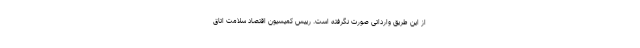
از این طریق وارداتی صورت نگرفته است. رییس کمیسیون اقتصاد سلامت اتاق